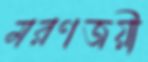
মরণজয়ী